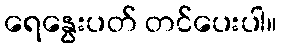
ရေနွေးပတ် တင်ပေးပါ။